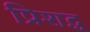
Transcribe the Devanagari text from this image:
प्रिशद्ध